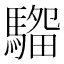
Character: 𱄭